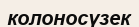
колоносүзек